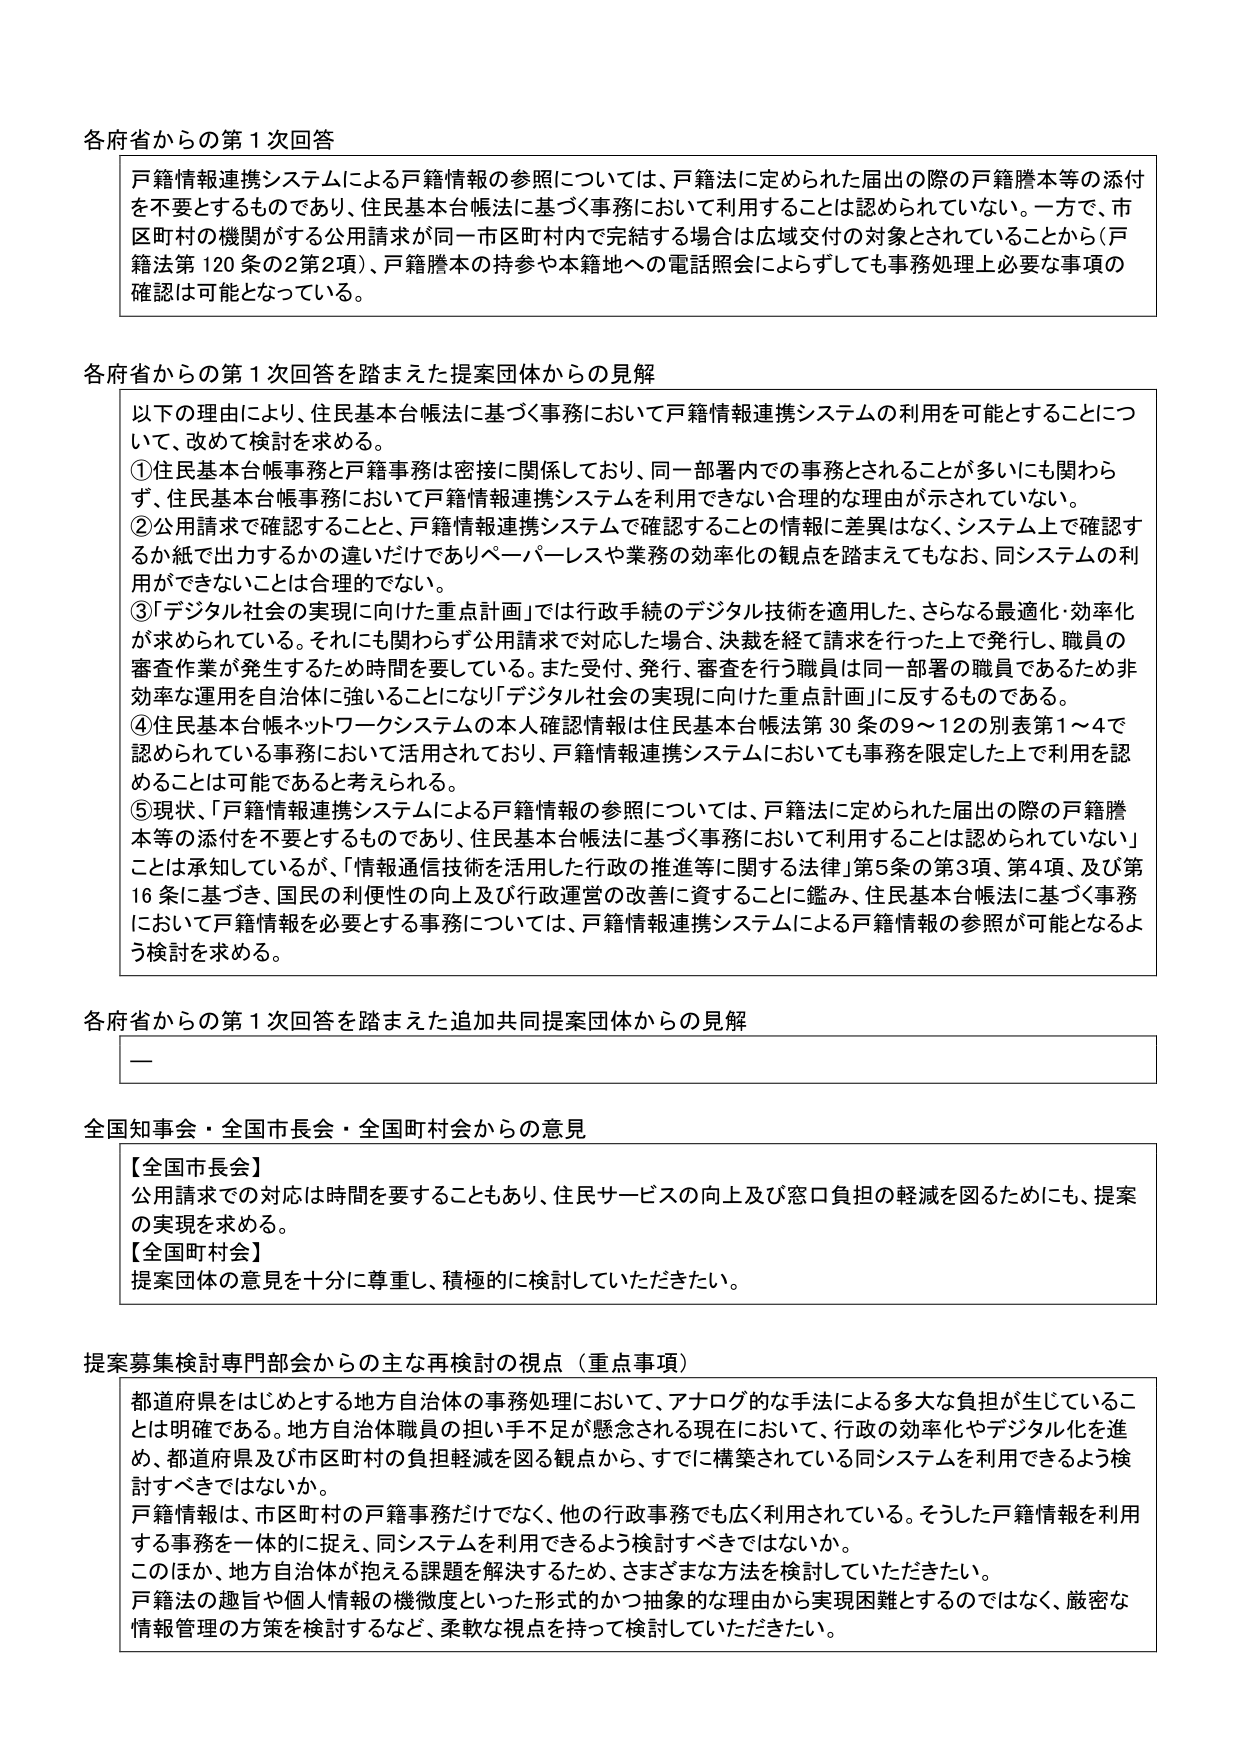
各府省からの第1次回答

戸籍情報連携システムによる戸籍情報の参照については、戸籍法に定められた届出の際の戸籍謄本等の添付を不要とするものであり、住民基本台帳法に基づく事務において利用することは認められていない。一方で、市区町村の機関がする公用請求が同一市区町村内で完結する場合は広域交付の対象とされていることから（戸籍法第120条の2第2項）、戸籍謄本の持参や本籍地への電話照会によらずとも事務処理上必要な事項の確認は可能となっている。

各府省からの第1次回答を踏まえた提案団体からの見解

以下の理由により、住民基本台帳法に基づく事務において戸籍情報連携システムの利用を可能とすることについて、改めて検討を求める。
①住民基本台帳事務と戸籍事務は密接に関係しており、同一部署内での事務とされることが多くにも関わらず、住民基本台帳事務において戸籍情報連携システムを利用できない合理的な理由が示されていない。
②公用請求で確認することと、戸籍情報連携システムで確認することの情報に差異はなく、システム上で確認するか紙で出力するかの違いだけでありペーパーレスや業務の効率化の観点を踏まえてもなお、同システムの利用ができないことは合理的でない。
③「デジタル社会の実現に向けた重点計画」では行政手続のデジタル技術を適用した、さらなる最適化・効率化が求められている。それにも関わらず公用請求で対応した場合、決裁を経て請求を行った上で発行し、職員の審査作業が発生するため時間を要する。また受付、発行、審査を行う職員は同一部署の職員であるため非効率な運用を自治体に強いることになり「デジタル社会の実現に向けた重点計画」に反するものである。
④住民基本台帳ネットワークシステムの本人確認情報は住民基本台帳法第30条の9～12の別表第1～4で認められている事務において活用されており、戸籍情報連携システムにおいても事務を限定した上で利用を認めることは可能であると考えられる。
⑤現状、「戸籍情報連携システムによる戸籍情報の参照については、戸籍法に定められた届出の際の戸籍謄本等の添付を不要とするものであり、住民基本台帳法に基づく事務において利用することは認められていない」ことは承知しているが、「情報通信技術を活用した行政の推進等に関する法律」第5条の第3項、第4項、及び第16条に基づき、国民の利便性の向上及び行政運営の改善に資することに鑑み、住民基本台帳法に基づく事務において戸籍情報を必要とする事務については、戸籍情報連携システムによる戸籍情報の参照が可能となるよう検討を求める。

各府省からの第1次回答を踏まえた追加共同提案団体からの見解

—

全国知事会・全国市長会・全国町村会からの意見

【全国市長会】
公用請求での対応は時間を要することもあり、住民サービスの向上及び窓口負担の軽減を図るためにも、提案の実現を求める。
【全国町村会】
提案団体の意見を十分に尊重し、積極的に検討していただきたい。

提案募集検討専門部会からの主な再検討の視点（重点事項）

都道府県をはじめとする地方自治体の事務処理において、アナログ的な手法による多大な負担が生じていることは明確である。地方自治体職員の担い手不足が懸念される現在において、行政の効率化やデジタル化を進め、都道府県及び市区町村の負担軽減を図る観点から、すでに構築されている同システムを利用できるよう検討すべきではないか。
戸籍情報は、市区町村の戸籍事務だけでなく、他の行政事務でも広く利用されている。そうした戸籍情報を利用する事務を一体的に捉え、同システムを利用できるよう検討すべきではないか。
このほか、地方自治体が抱える課題を解決するため、さまざまな方法を検討していただきたい。
戸籍法の趣旨や個人情報の機微度といった形式的かつ抽象的な理由から実現困難とするのではなく、厳密な情報管理の方策を検討するなど、柔軟な視点を持って検討していただきたい。